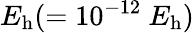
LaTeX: E_{\mathrm{h}}{}(=10^{-12}\ E_{\mathrm{h}}{})